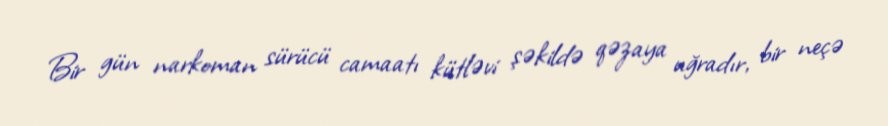
Bir gün narkoman sürücü camaatı kütləvi şəkildə qəzaya uğradır, bir neçə